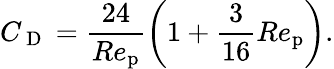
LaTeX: C_{\mathrm{~D~}}=\frac{24}{Re_{\mathrm{p}}}\left(1+\frac{3}{16}Re_{\mathrm{p}}\right).